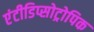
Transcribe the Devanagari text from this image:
एंटीडिप्सोट्रोपिक